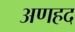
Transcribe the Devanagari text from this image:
अणहद